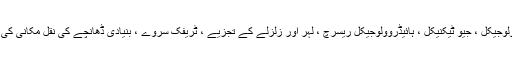
صدر ایردوان نے کہا کہ منصوبے کی ابتدائی تیاریوں کے دائرہ کار میں جیولوجیکل ، جیو ٹیکنیکل ، ہائیڈروولوجیکل ریسرچ ، لہر اور زلزلے کے تجزیے ، ٹریفک سروے ، بنیادی ڈھانچے کی نقل مکانی کی ضروریات اور ماحولیاتی اثرات کے مطالعے جیسے عمل مکمل ہوگئے ہیں۔